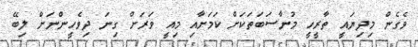
ވެގެން މިދިޔައީ ތާރީހީ މުނާސަބަތަކަށް ކަމަށާއި މިއީ ވަރަށް ގިނަ ދިވެހީންނަށް ލިބޭ